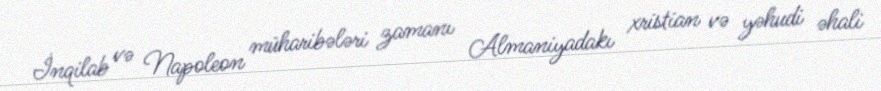
İnqilab və Napoleon müharibələri zamanı Almaniyadakı xristian və yəhudi əhali